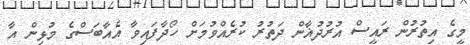
މީގެ އިތުރުން ރައީސް އުރުދުޣާން ދަތުރު ކުރެއްވުމަށް ހޯދާފައިވާ އެއާބަސްގެ މުޅިން އާ